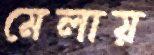
মেলায়